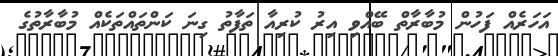
އަހަރެއް ފަހުން މުބާރާތް ބޭއްވި އިރު ކުރިއާ ތަފާތު ގިނަ ކަންތައްތަކެއް މުބާރާތުގެ